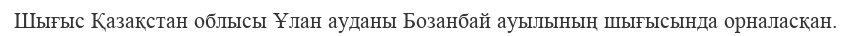
Шығыс Қазақстан облысы Ұлан ауданы Бозанбай ауылының шығысында орналасқан.